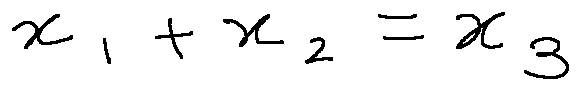
x _ { 1 } + x _ { 2 } = x _ { 3 }